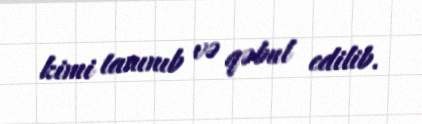
kimi tanınıb və qəbul edilib.